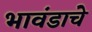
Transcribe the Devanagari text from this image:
भावंडाचे